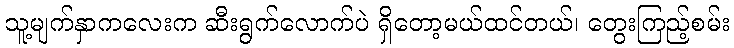
သူ့မျက်နှာကလေးက ဆီးရွက်လောက်ပဲ ရှိတော့မယ်ထင်တယ်၊ တွေးကြည့်စမ်း